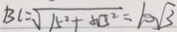
B C = \sqrt { 1 5 ^ { 2 } + 5 \sqrt { 3 } ^ { 2 } } = 1 0 \sqrt { 3 }